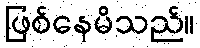
ဖြစ်နေမိသည်။